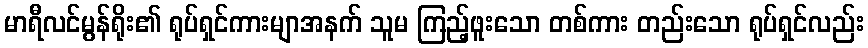
မာရီလင်မွန်ရိုး၏ ရုပ်ရှင်ကားမျာအနက် သူမ ကြည့်ဖူးသော တစ်ကား တည်းသော ရုပ်ရှင်လည်း